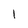
Character: 1